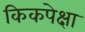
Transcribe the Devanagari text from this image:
किकपेक्षा